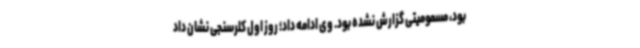
بود، مسمومیتی گزارش نشده بود. وی ادامه داد؛ روز اول کلرسنجی نشان داد